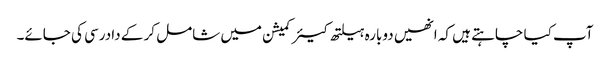
آپ کیا چاہتے ہیں کہ انھیں دوبارہ ہیلتھ کیئر کمیشن میں شامل کر کے دادرسی کی جائے۔